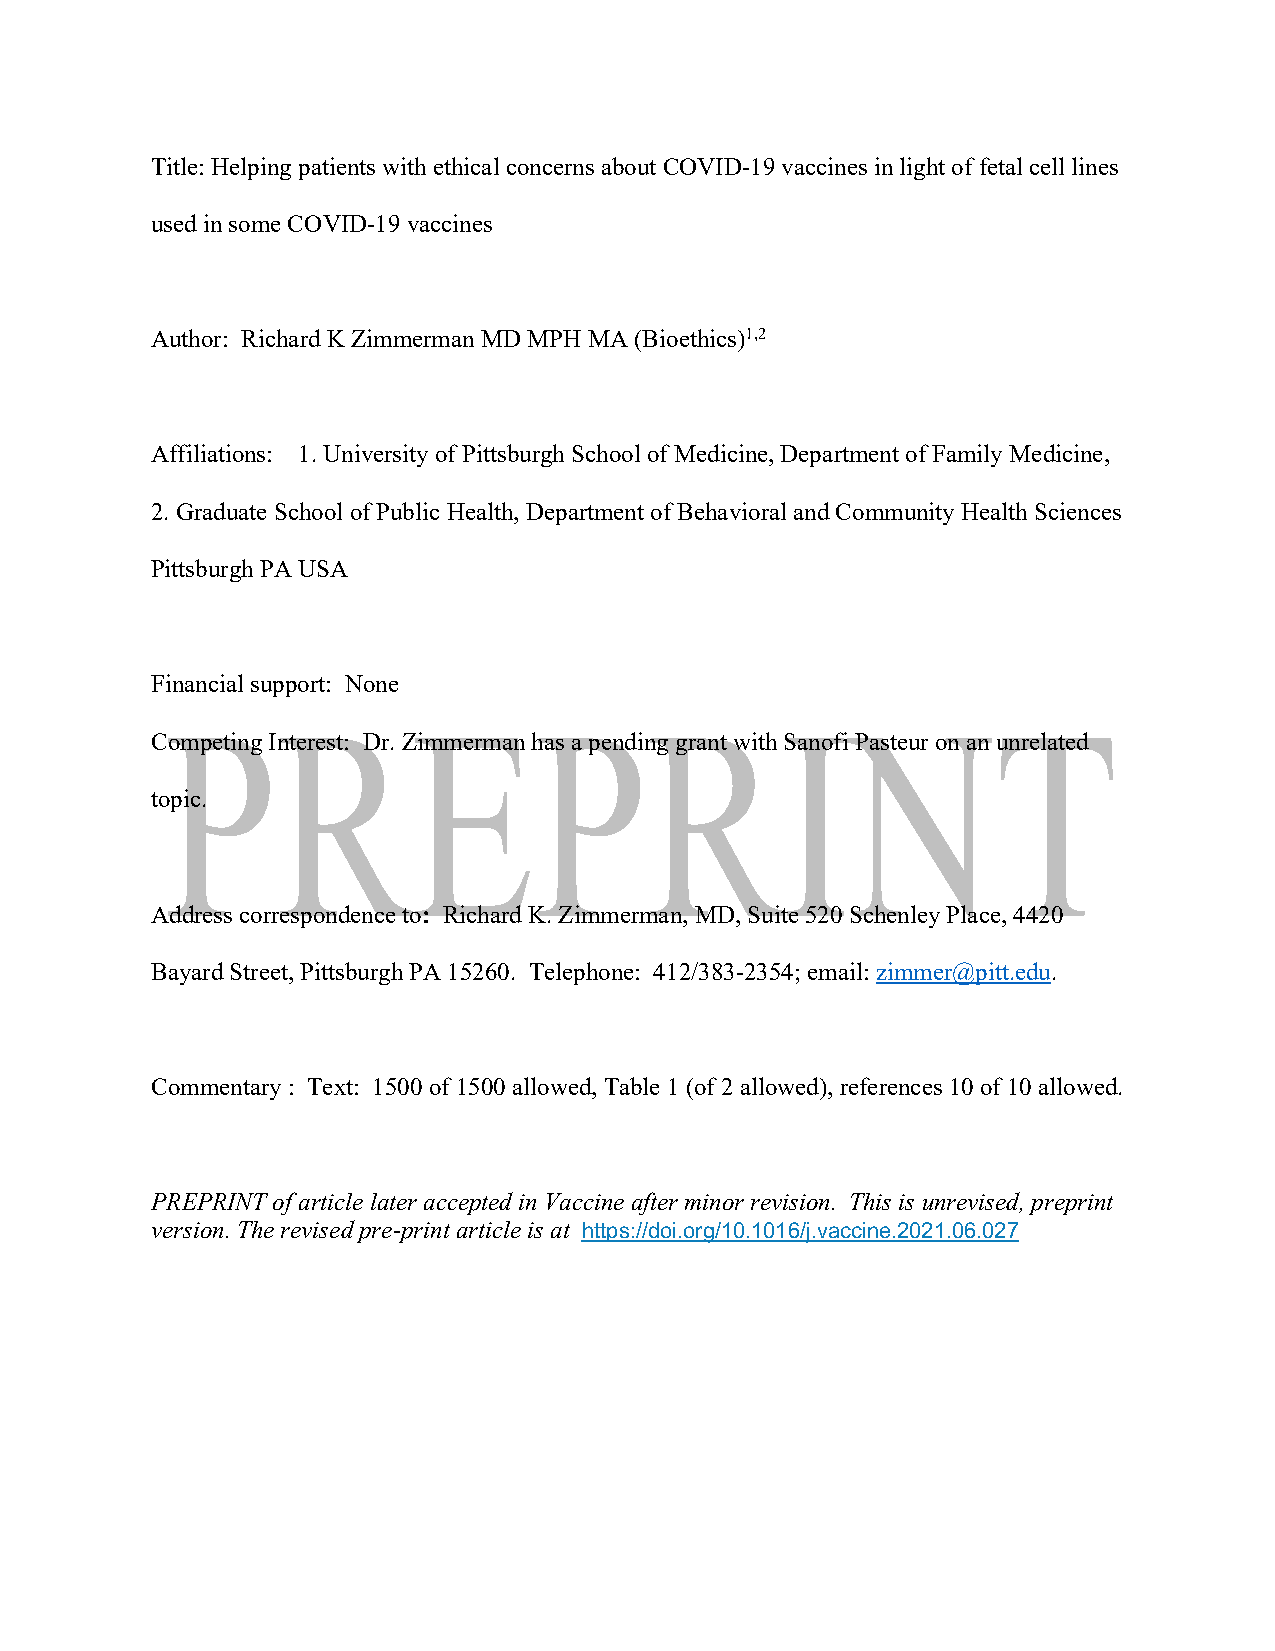
Title: Helping patients with ethical concerns about COVID-19 vaccines in light of fetal cell lines
 used in some COVID-19 vaccines
 Author: Richard K Zimmerman MD MPH MA (Bioethics)1,2
 Affiliations: 1. University of Pittsburgh School of Medicine, Department of Family Medicine,
 2. Graduate School of Public Health, Department of Behavioral and Community Health Sciences
 Pittsburgh PA USA
 Financial support: None
 Competing Interest: Dr. Zimmerman has a pending grant with Sanofi Pasteur on an unrelated
 topic.
 Address correspondence to: Richard K. Zimmerman, MD, Suite 520 Schenley Place, 4420
 Bayard Street, Pittsburgh PA 15260. Telephone: 412/383-2354; email: zimmer@pitt.edu.
 Commentary : Text: 1500 of 1500 allowed, Table 1 (of 2 allowed), references 10 of 10 allowed.
 PREPRINT of article later accepted in Vaccine after minor revision. This is unrevised, preprint
 version. The revised pre-print article is at https://doi.org/10.1016/j.vaccine.2021.06.027